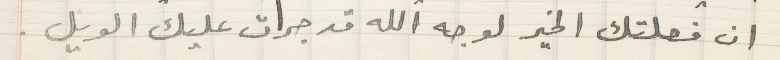
ان فعلتك الخير لوجه الله قد جرت عليك الويل.